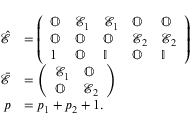
\begin{array} { r l } { \hat { \mathcal { E } } } & { = \left( \begin{array} { l l l l l } { \mathbb { O } } & { \mathcal { E } _ { 1 } } & { \mathcal { E } _ { 1 } } & { \mathbb { O } } & { \mathbb { O } } \\ { \mathbb { O } } & { \mathbb { O } } & { \mathbb { O } } & { \mathcal { E } _ { 2 } } & { \mathcal { E } _ { 2 } } \\ { 1 } & { \mathbb { O } } & { \mathbb { I } } & { \mathbb { O } } & { \mathbb { I } } \end{array} \right) } \\ { \bar { \mathcal { E } } } & { = \left( \begin{array} { l l } { \mathcal { E } _ { 1 } } & { \mathbb { O } } \\ { \mathbb { O } } & { \mathcal { E } _ { 2 } } \end{array} \right) } \\ { p } & { = p _ { 1 } + p _ { 2 } + 1 . } \end{array}